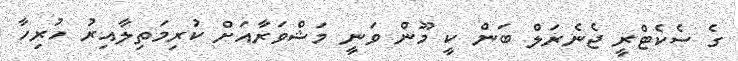
ގެ ސެކެޓްރީ ޖެނެރަލް ބަން ކީ މޫން ވަނީ މަޝްވަރާއަށް ކުރިމަތިލާއިރު ހުރިހާ